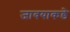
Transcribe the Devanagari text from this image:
जावयाकडे